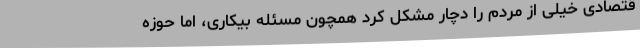
قتصادی خیلی از مردم را دچار مشکل کرد همچون مسئله بیکاری، اما حوزه